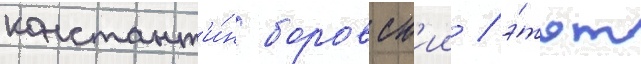
констант'и́н боровск'ии / э́тот